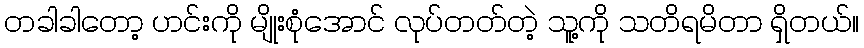
တခါခါတော့ ဟင်းကို မျိုးစုံအောင် လုပ်တတ်တဲ့ သူ့ကို သတိရမိတာ ရှိတယ်။